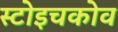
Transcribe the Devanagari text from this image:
स्टोइचकोव